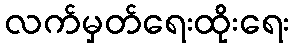
လက်မှတ်ရေးထိုးရေး